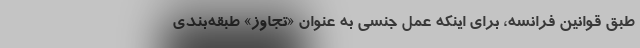
طبق قوانین فرانسه، برای اینکه عمل جنسی به عنوان «تجاوز» طبقه‌بندی